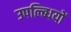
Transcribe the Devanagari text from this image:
उपल्ब्धियों